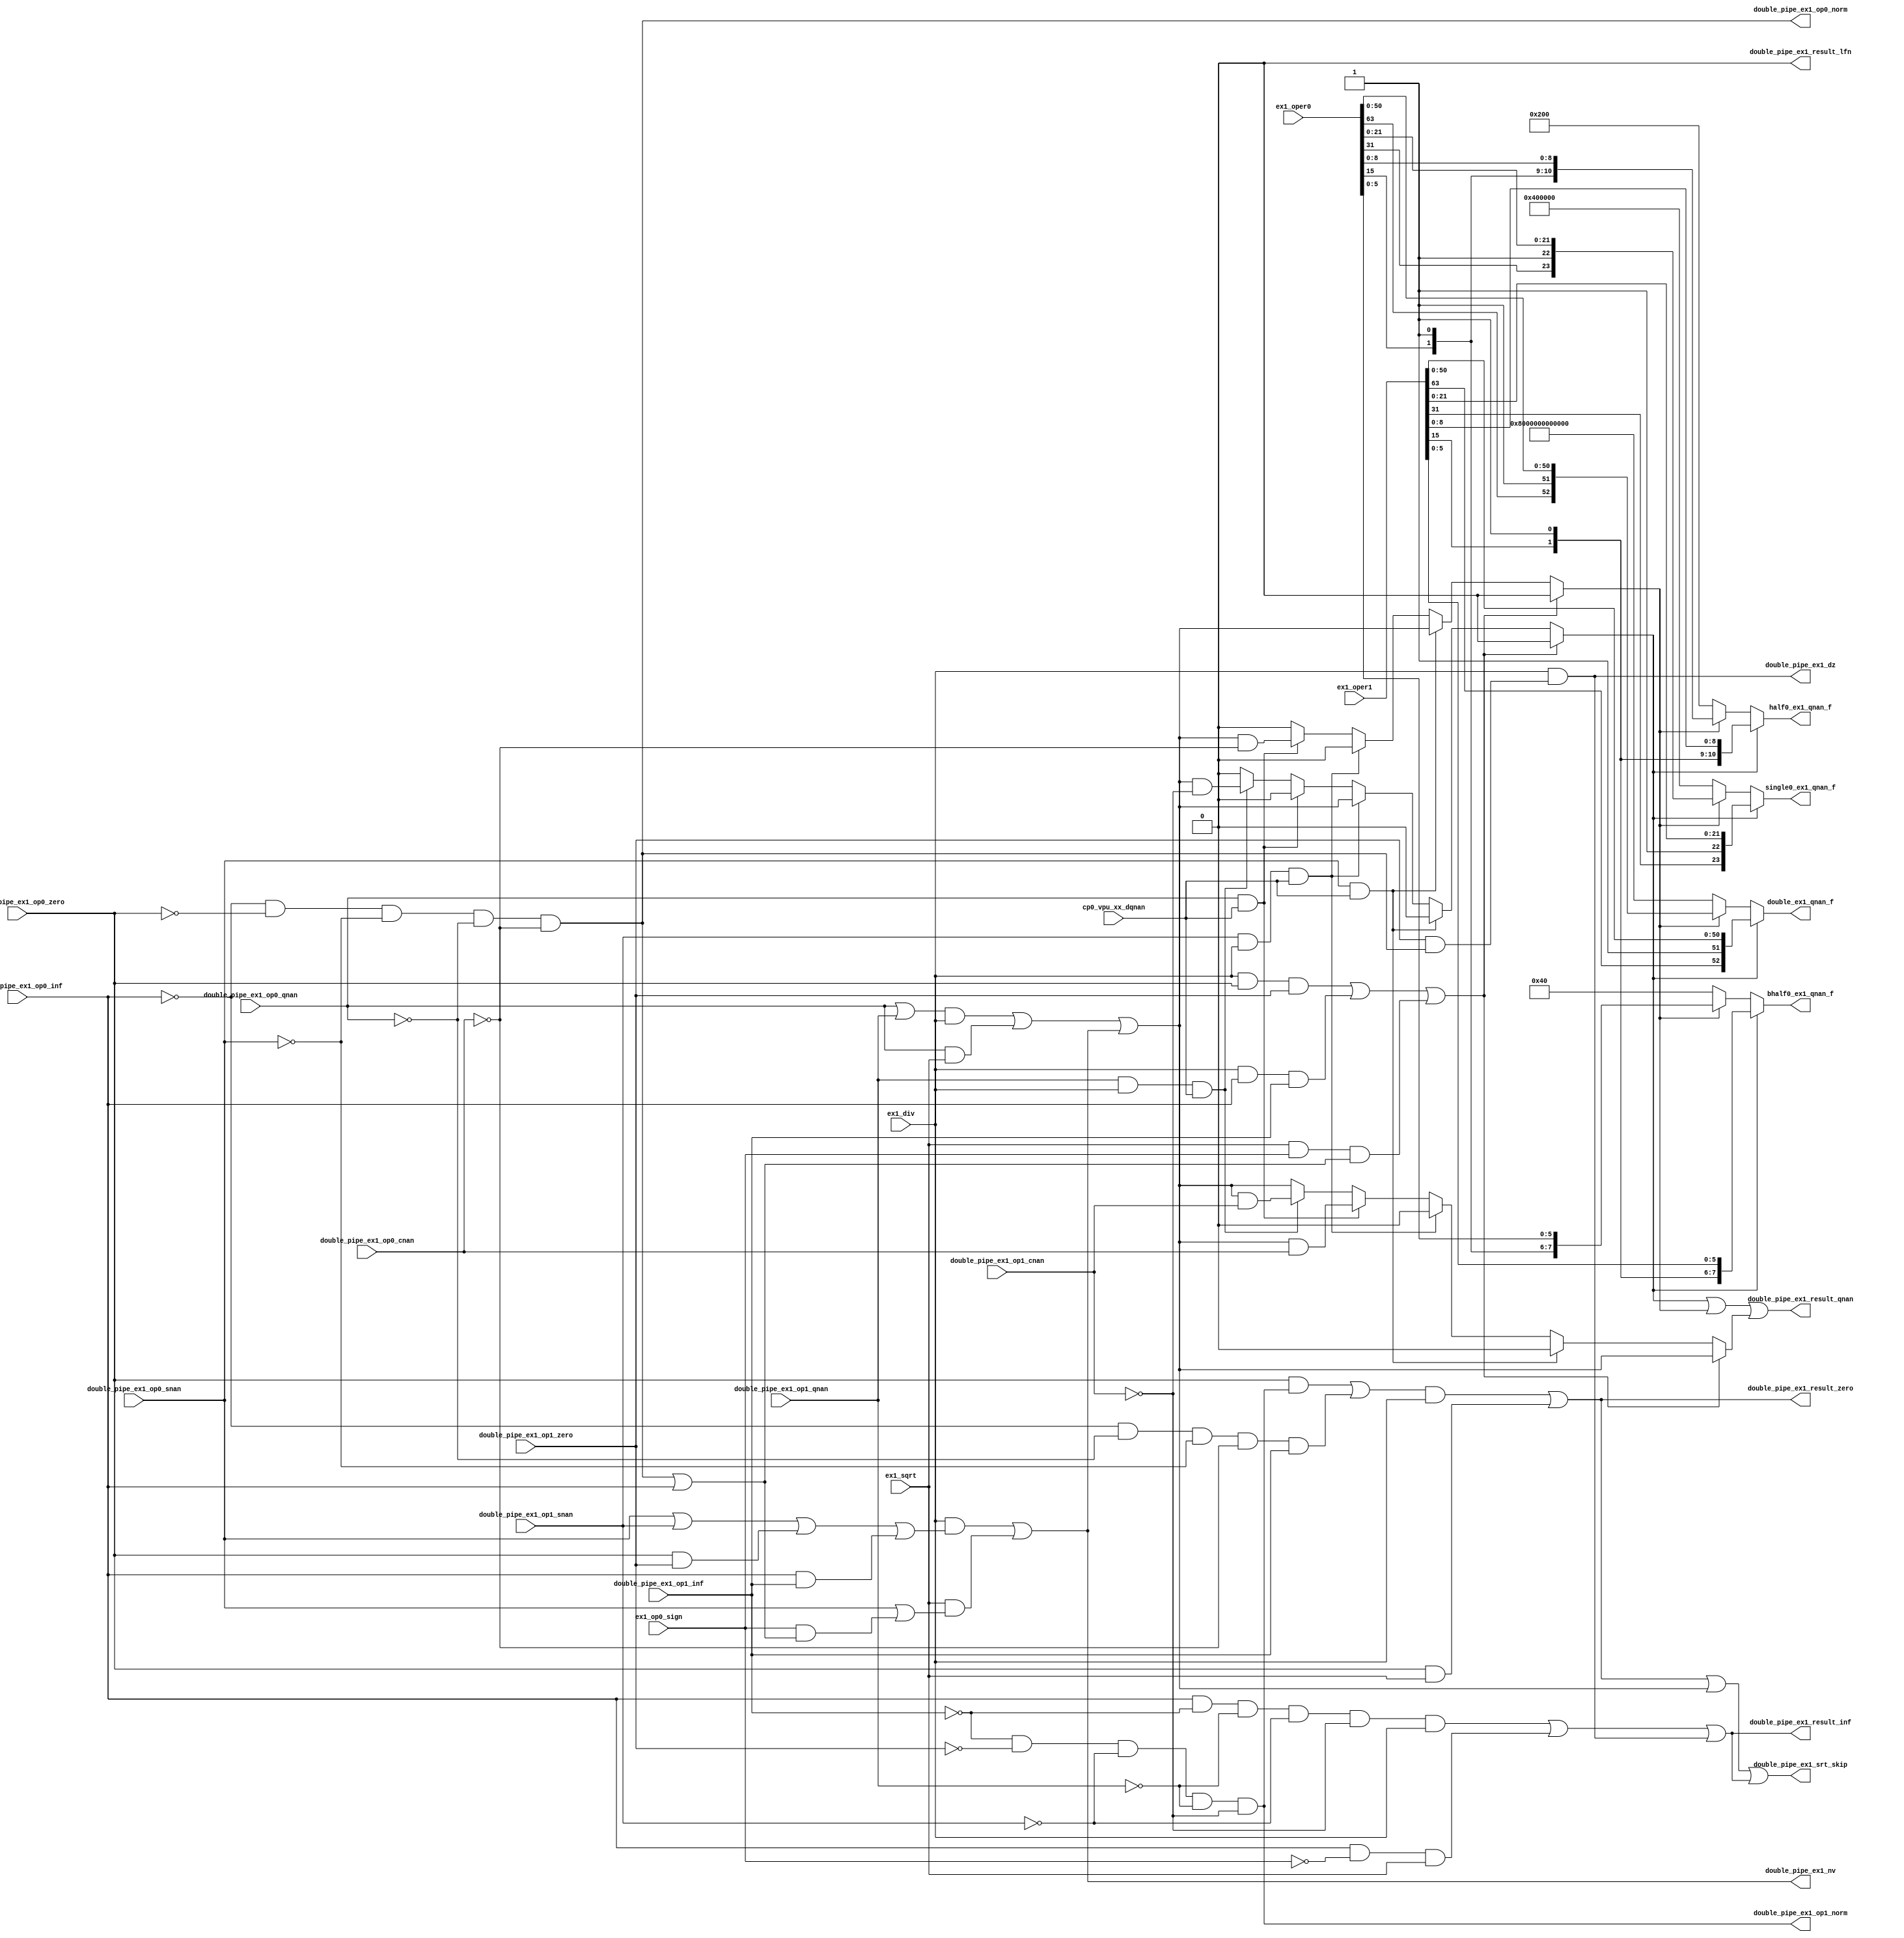
/*Copyright 2020-2021 T-Head Semiconductor Co., Ltd.

Licensed under the Apache License, Version 2.0 (the "License");
you may not use this file except in compliance with the License.
You may obtain a copy of the License at

    http://www.apache.org/licenses/LICENSE-2.0

Unless required by applicable law or agreed to in writing, software
distributed under the License is distributed on an "AS IS" BASIS,
WITHOUT WARRANTIES OR CONDITIONS OF ANY KIND, either express or implied.
See the License for the specific language governing permissions and
limitations under the License.
*/

// &ModuleBeg; @23
module aq_fdsu_special(
  bhalf0_ex1_qnan_f,
  cp0_vpu_xx_dqnan,
  double_ex1_qnan_f,
  double_pipe_ex1_dz,
  double_pipe_ex1_nv,
  double_pipe_ex1_op0_cnan,
  double_pipe_ex1_op0_inf,
  double_pipe_ex1_op0_norm,
  double_pipe_ex1_op0_qnan,
  double_pipe_ex1_op0_snan,
  double_pipe_ex1_op0_zero,
  double_pipe_ex1_op1_cnan,
  double_pipe_ex1_op1_inf,
  double_pipe_ex1_op1_norm,
  double_pipe_ex1_op1_qnan,
  double_pipe_ex1_op1_snan,
  double_pipe_ex1_op1_zero,
  double_pipe_ex1_result_inf,
  double_pipe_ex1_result_lfn,
  double_pipe_ex1_result_qnan,
  double_pipe_ex1_result_zero,
  double_pipe_ex1_srt_skip,
  ex1_div,
  ex1_op0_sign,
  ex1_oper0,
  ex1_oper1,
  ex1_sqrt,
  half0_ex1_qnan_f,
  single0_ex1_qnan_f
);

// &Ports; @24
input           cp0_vpu_xx_dqnan;           
input           double_pipe_ex1_op0_cnan;   
input           double_pipe_ex1_op0_inf;    
input           double_pipe_ex1_op0_qnan;   
input           double_pipe_ex1_op0_snan;   
input           double_pipe_ex1_op0_zero;   
input           double_pipe_ex1_op1_cnan;   
input           double_pipe_ex1_op1_inf;    
input           double_pipe_ex1_op1_qnan;   
input           double_pipe_ex1_op1_snan;   
input           double_pipe_ex1_op1_zero;   
input           ex1_div;                    
input           ex1_op0_sign;               
input   [63:0]  ex1_oper0;                  
input   [63:0]  ex1_oper1;                  
input           ex1_sqrt;                   
output  [7 :0]  bhalf0_ex1_qnan_f;          
output  [52:0]  double_ex1_qnan_f;          
output          double_pipe_ex1_dz;         
output          double_pipe_ex1_nv;         
output          double_pipe_ex1_op0_norm;   
output          double_pipe_ex1_op1_norm;   
output          double_pipe_ex1_result_inf; 
output          double_pipe_ex1_result_lfn; 
output          double_pipe_ex1_result_qnan; 
output          double_pipe_ex1_result_zero; 
output          double_pipe_ex1_srt_skip;   
output  [10:0]  half0_ex1_qnan_f;           
output  [23:0]  single0_ex1_qnan_f;         

// &Regs; @25
reg             ex1_result_cnan;            
reg             ex1_result_qnan_op0;        
reg             ex1_result_qnan_op1;        

// &Wires; @26
wire    [7 :0]  bhalf0_ex1_qnan_f;          
wire            cp0_vpu_xx_dqnan;           
wire    [52:0]  double_ex1_qnan_f;          
wire            double_pipe_ex1_dz;         
wire            double_pipe_ex1_nv;         
wire            double_pipe_ex1_op0_cnan;   
wire            double_pipe_ex1_op0_inf;    
wire            double_pipe_ex1_op0_norm;   
wire            double_pipe_ex1_op0_qnan;   
wire            double_pipe_ex1_op0_snan;   
wire            double_pipe_ex1_op0_zero;   
wire            double_pipe_ex1_op1_cnan;   
wire            double_pipe_ex1_op1_inf;    
wire            double_pipe_ex1_op1_norm;   
wire            double_pipe_ex1_op1_qnan;   
wire            double_pipe_ex1_op1_snan;   
wire            double_pipe_ex1_op1_zero;   
wire            double_pipe_ex1_result_inf; 
wire            double_pipe_ex1_result_lfn; 
wire            double_pipe_ex1_result_qnan; 
wire            double_pipe_ex1_result_zero; 
wire            double_pipe_ex1_srt_skip;   
wire            ex1_div;                    
wire            ex1_div_dz;                 
wire            ex1_div_nv;                 
wire            ex1_div_rst_inf;            
wire            ex1_div_rst_qnan;           
wire            ex1_div_rst_zero;           
wire            ex1_dz;                     
wire            ex1_nv;                     
wire            ex1_op0_cnan;               
wire            ex1_op0_inf;                
wire            ex1_op0_is_qnan;            
wire            ex1_op0_is_snan;            
wire            ex1_op0_norm;               
wire            ex1_op0_qnan;               
wire            ex1_op0_sign;               
wire            ex1_op0_snan;               
wire            ex1_op0_tt_zero;            
wire            ex1_op0_zero;               
wire            ex1_op1_cnan;               
wire            ex1_op1_inf;                
wire            ex1_op1_is_qnan;            
wire            ex1_op1_is_snan;            
wire            ex1_op1_norm;               
wire            ex1_op1_qnan;               
wire            ex1_op1_snan;               
wire            ex1_op1_tt_zero;            
wire            ex1_op1_zero;               
wire    [63:0]  ex1_oper0;                  
wire    [63:0]  ex1_oper1;                  
wire            ex1_result_inf;             
wire            ex1_result_lfn;             
wire            ex1_result_qnan;            
wire            ex1_result_zero;            
wire            ex1_rst_default_qnan;       
wire            ex1_sqrt;                   
wire            ex1_sqrt_nv;                
wire            ex1_sqrt_rst_inf;           
wire            ex1_sqrt_rst_qnan;          
wire            ex1_sqrt_rst_zero;          
wire    [10:0]  half0_ex1_qnan_f;           
wire    [23:0]  single0_ex1_qnan_f;         


//infinity number
// &Force("bus", "dp_xx_ex1_inf", 2, 0); @29
assign  ex1_op0_inf                = double_pipe_ex1_op0_inf;
assign  ex1_op1_inf                = double_pipe_ex1_op1_inf;

//zero
// &Force("bus", "dp_xx_ex1_zero", 2, 0); @34
assign ex1_op0_zero                = double_pipe_ex1_op0_zero;
assign ex1_op1_zero                = double_pipe_ex1_op1_zero;

//cNaN
// &Force("bus", "dp_xx_ex1_cnan", 2, 0); @39
assign ex1_op0_cnan                = double_pipe_ex1_op0_cnan;
assign ex1_op1_cnan                = double_pipe_ex1_op1_cnan;

//sNaN
// &Force("bus", "dp_xx_ex1_snan", 2, 0); @44
assign ex1_op0_snan                = double_pipe_ex1_op0_snan;
assign ex1_op1_snan                = double_pipe_ex1_op1_snan;

//qNaN
// &Force("bus", "dp_xx_ex1_qnan", 2, 0); @49
assign ex1_op0_qnan                = double_pipe_ex1_op0_qnan;
assign ex1_op1_qnan                = double_pipe_ex1_op1_qnan;


//======================EX1 expt detect=====================
//ex1_id_detect
//any opration is zero
// no input denormalize exception anymore
//
//ex1_nv_detect
//div_nv
//  1.any operation is sNaN
//  2.0/0(include DN flush to zero)
//  3.inf/inf
//sqrt_nv
//  1.any operation is sNaN
//  2.operation sign is 1 && operation is not zero/qNaN
assign ex1_nv      = ex1_div  && ex1_div_nv  ||
                     ex1_sqrt && ex1_sqrt_nv;
//ex1_div_nv
assign ex1_div_nv  = ex1_op0_snan ||
                     ex1_op1_snan ||
                    (ex1_op0_tt_zero && ex1_op1_tt_zero)||
                    (ex1_op0_inf && ex1_op1_inf);
assign ex1_op0_tt_zero = ex1_op0_zero;
assign ex1_op1_tt_zero = ex1_op1_zero;
//ex1_sqrt_nv
assign ex1_sqrt_nv = ex1_op0_snan ||
                     ex1_op0_sign &&
                    (ex1_op0_norm ||
                     ex1_op0_inf );

// This 'norm' also include denorm.
assign ex1_op0_norm = !ex1_op0_inf && !ex1_op0_zero && !ex1_op0_snan && !ex1_op0_qnan && !ex1_op0_cnan;
assign ex1_op1_norm = !ex1_op1_inf && !ex1_op1_zero && !ex1_op1_snan && !ex1_op1_qnan && !ex1_op1_cnan;

//ex1_of_detect
//div_of
//  1.only detect id overflow case
//assign ex1_of      = ex1_div && ex1_div_of;
//assign ex1_div_of  = ex1_op1_id_fm1 &&
//                     ex1_op0_norm &&
//                     ex1_div_id_of;
//
////ex1_uf_detect
////div_uf
////  1.only detect id underflow case
//assign ex1_uf      = ex1_div && ex1_div_uf;
//assign ex1_div_uf  = ex1_op0_id &&
//                     ex1_op1_norm &&
//                     ex1_div_id_uf;
//ex1_dz_detect
//div_dz
//  1.op0 is normal && op1 zero
assign ex1_dz      = ex1_div && ex1_div_dz;
assign ex1_div_dz  = ex1_op1_tt_zero && ex1_op0_norm;

//===================special cal result=====================
//ex1 result is zero
//div_zero
//  1.op0 is zero && op1 is normal
//  2.op0 is zero/normal && op1 is inf
//sqrt_zero
//  1.op0 is zero
assign ex1_result_zero   = ex1_div_rst_zero  && ex1_div  ||
                           ex1_sqrt_rst_zero && ex1_sqrt;
assign ex1_div_rst_zero  = (ex1_op0_tt_zero && ex1_op1_norm ) ||
                           // (!ex1_expnt0_max && !ex1_op0_cnan && ex1_op1_inf);
                           (!ex1_op0_inf && !ex1_op0_qnan && !ex1_op0_snan && !ex1_op0_cnan && ex1_op1_inf);
assign ex1_sqrt_rst_zero = ex1_op0_tt_zero;

//ex1 result is qNaN
//ex1_nv
//div_qnan
//  1.op0 is qnan || op1 is qnan
//sqrt_qnan
//  1.op0 is qnan
assign ex1_result_qnan   = ex1_div_rst_qnan  && ex1_div  ||
                           ex1_sqrt_rst_qnan && ex1_sqrt ||
                           ex1_nv;
assign ex1_div_rst_qnan  = ex1_op0_qnan ||
                           ex1_op1_qnan;
assign ex1_sqrt_rst_qnan = ex1_op0_qnan;

//ex1_rst_default_qnan
//0/0, inf/inf, sqrt negative should get default qNaN
assign ex1_rst_default_qnan = (ex1_div && ex1_op0_zero && ex1_op1_zero) ||
                              (ex1_div && ex1_op0_inf  && ex1_op1_inf)  ||
                              (ex1_sqrt&& ex1_op0_sign && (ex1_op0_norm || ex1_op0_inf));

//ex1 result is inf
//ex1_dz
//
//div_inf
//  1.op0 is inf && op1 is normal/zero
//sqrt_inf
//  1.op0 is inf
assign ex1_result_inf    = ex1_div_rst_inf  && ex1_div  ||
                           ex1_sqrt_rst_inf && ex1_sqrt ||
                           ex1_dz ;
// assign ex1_div_rst_inf   = ex1_op0_inf && !ex1_expnt1_max && !ex1_op1_cnan;
assign ex1_div_rst_inf   = ex1_op0_inf && !ex1_op1_inf && !ex1_op1_qnan && !ex1_op1_snan && !ex1_op1_cnan;
assign ex1_sqrt_rst_inf  = ex1_op0_inf && !ex1_op0_sign;

//ex1 result is lfn
//ex1_of && round result toward not inc 1
assign ex1_result_lfn = 1'b0;

//Default_qnan/Standard_qnan Select
assign ex1_op0_is_snan      = ex1_op0_snan;
assign ex1_op1_is_snan      = ex1_op1_snan && ex1_div;
assign ex1_op0_is_qnan      = ex1_op0_qnan;
assign ex1_op1_is_qnan      = ex1_op1_qnan && ex1_div;

// &CombBeg; @164
always @( ex1_op0_is_snan
       or ex1_op0_cnan
       or ex1_result_qnan
       or ex1_op0_is_qnan
       or ex1_rst_default_qnan
       or cp0_vpu_xx_dqnan
       or ex1_op1_cnan
       or ex1_op1_is_qnan
       or ex1_op1_is_snan)
begin
if(ex1_rst_default_qnan)
begin
  ex1_result_qnan_op0  = 1'b0;
  ex1_result_qnan_op1  = 1'b0;
  ex1_result_cnan      = ex1_result_qnan;
end
else if(ex1_op0_is_snan && cp0_vpu_xx_dqnan)
begin
  ex1_result_qnan_op0  = ex1_result_qnan;
  ex1_result_qnan_op1  = 1'b0;
  ex1_result_cnan      = 1'b0;
end
else if(ex1_op1_is_snan && cp0_vpu_xx_dqnan)
begin
  ex1_result_qnan_op0  = 1'b0;
  ex1_result_qnan_op1  = ex1_result_qnan;
  ex1_result_cnan      = 1'b0;
end
else if(ex1_op0_is_qnan && cp0_vpu_xx_dqnan)
begin
  ex1_result_qnan_op0  = ex1_result_qnan && !ex1_op0_cnan;
  ex1_result_qnan_op1  = 1'b0;
  ex1_result_cnan      = ex1_result_qnan &&  ex1_op0_cnan;
end
else if(ex1_op1_is_qnan && cp0_vpu_xx_dqnan)
begin
  ex1_result_qnan_op0  = 1'b0;
  ex1_result_qnan_op1  = ex1_result_qnan && !ex1_op1_cnan;
  ex1_result_cnan      = ex1_result_qnan &&  ex1_op1_cnan;
end
else
begin
  ex1_result_qnan_op0  = 1'b0;
  ex1_result_qnan_op1  = 1'b0;
  ex1_result_cnan      = ex1_result_qnan;
end
// &CombEnd; @201
end


//Special result should skip SRT logic
assign double_pipe_ex1_srt_skip = ex1_result_zero ||
                                  ex1_result_qnan ||
                      ex1_result_lfn  ||
                      ex1_result_inf;
// fflags:
// NV, DZ, OF, UF, NX
assign double_pipe_ex1_nv = ex1_nv;
assign double_pipe_ex1_dz = ex1_dz;
//assign double_pipe_ex1_special_sel[5:0] = ex1_special_sel[6:1]; 
assign double_pipe_ex1_result_lfn       = ex1_result_lfn;
assign double_pipe_ex1_result_inf       = ex1_result_inf;
assign double_pipe_ex1_result_zero      = ex1_result_zero;
//assign ex1_fflags[4:0] = {ex1_nv, ex1_dz, 3'b0};
// Special Sel[7:0]:
// qnan_src2, qnan_src1, qnan_src0, cnan, lfn, inf, zero, src2
//assign ex1_special_sel[7:0] = {1'b0, ex1_result_qnan_op1, ex1_result_qnan_op0,
//                               ex1_result_cnan, ex1_result_lfn, ex1_result_inf,
//                               ex1_result_zero, 1'b0};
//assign ex1_result_sign          = double_pipe_ex1_result_sign;
// &Force("bus","ex1_oper0",63,0); @224
// &Force("bus","ex1_oper1",63,0); @225
assign double_ex1_qnan_f[52:0]  = ex1_result_qnan_op1 ? {ex1_oper1[63],1'b1, ex1_oper1[50:0]} : 
                                  ex1_result_qnan_op0 ? {ex1_oper0[63],1'b1, ex1_oper0[50:0]} : {1'b0,1'b1, 51'b0};
assign single0_ex1_qnan_f[23:0] = ex1_result_qnan_op1 ? {ex1_oper1[31],1'b1, ex1_oper1[21:0]} : 
                                  ex1_result_qnan_op0 ? {ex1_oper0[31],1'b1, ex1_oper0[21:0]} : {1'b0,1'b1, 22'b0};
assign half0_ex1_qnan_f[10:0]    = ex1_result_qnan_op1 ? {ex1_oper1[15],1'b1, ex1_oper1[8:0]} : 
                                  ex1_result_qnan_op0 ? {ex1_oper0[15],1'b1, ex1_oper0[8:0]} : {1'b0,1'b1, 9'b0};
assign bhalf0_ex1_qnan_f[7:0]   = ex1_result_qnan_op1 ? {ex1_oper1[15],1'b1, ex1_oper1[5:0]} : 
                                  ex1_result_qnan_op0 ? {ex1_oper0[15],1'b1, ex1_oper0[5:0]} : {1'b0,1'b1, 6'b0};
assign double_pipe_ex1_result_qnan  = ex1_result_qnan_op1 || ex1_result_qnan_op0 
                                      || ex1_result_cnan;

// Special Sign[3:0]
// lfn, inf, zero, src2
//assign ex1_special_sign[3:0] = {ex1_result_sign, ex1_result_sign, ex1_result_sign, 1'b0};

//==========================================================
//                      Output Signal
//==========================================================
//assign fdsu_fpu_ex1_fflags[4:0]       = ex1_fflags[4:0];
//assign fdsu_fpu_ex1_special_sel[7:0]  = ex1_special_sel[7:0];
//assign fdsu_fpu_ex1_special_sign[3:0] = ex1_special_sign[3:0];
assign double_pipe_ex1_op0_norm = ex1_op0_norm;
assign double_pipe_ex1_op1_norm = ex1_op1_norm;
// //&Force("output", "ex1_op0_norm"); @249
// //&Force("output", "ex1_op1_norm"); @250

// &ModuleEnd; @252
endmodule